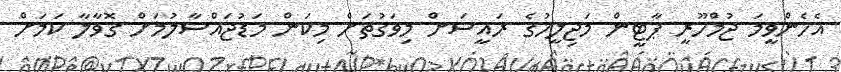
އެހެންވީމަ ޖުމްހޫރީ ޕާޓީން މަޖިލީހުގެ ރައީސަށް މިވަގުތަށް މިކަން މަޑުޖައްސާލުމަށް ގޮވާލާ ކަމަށް